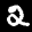
Label: 2